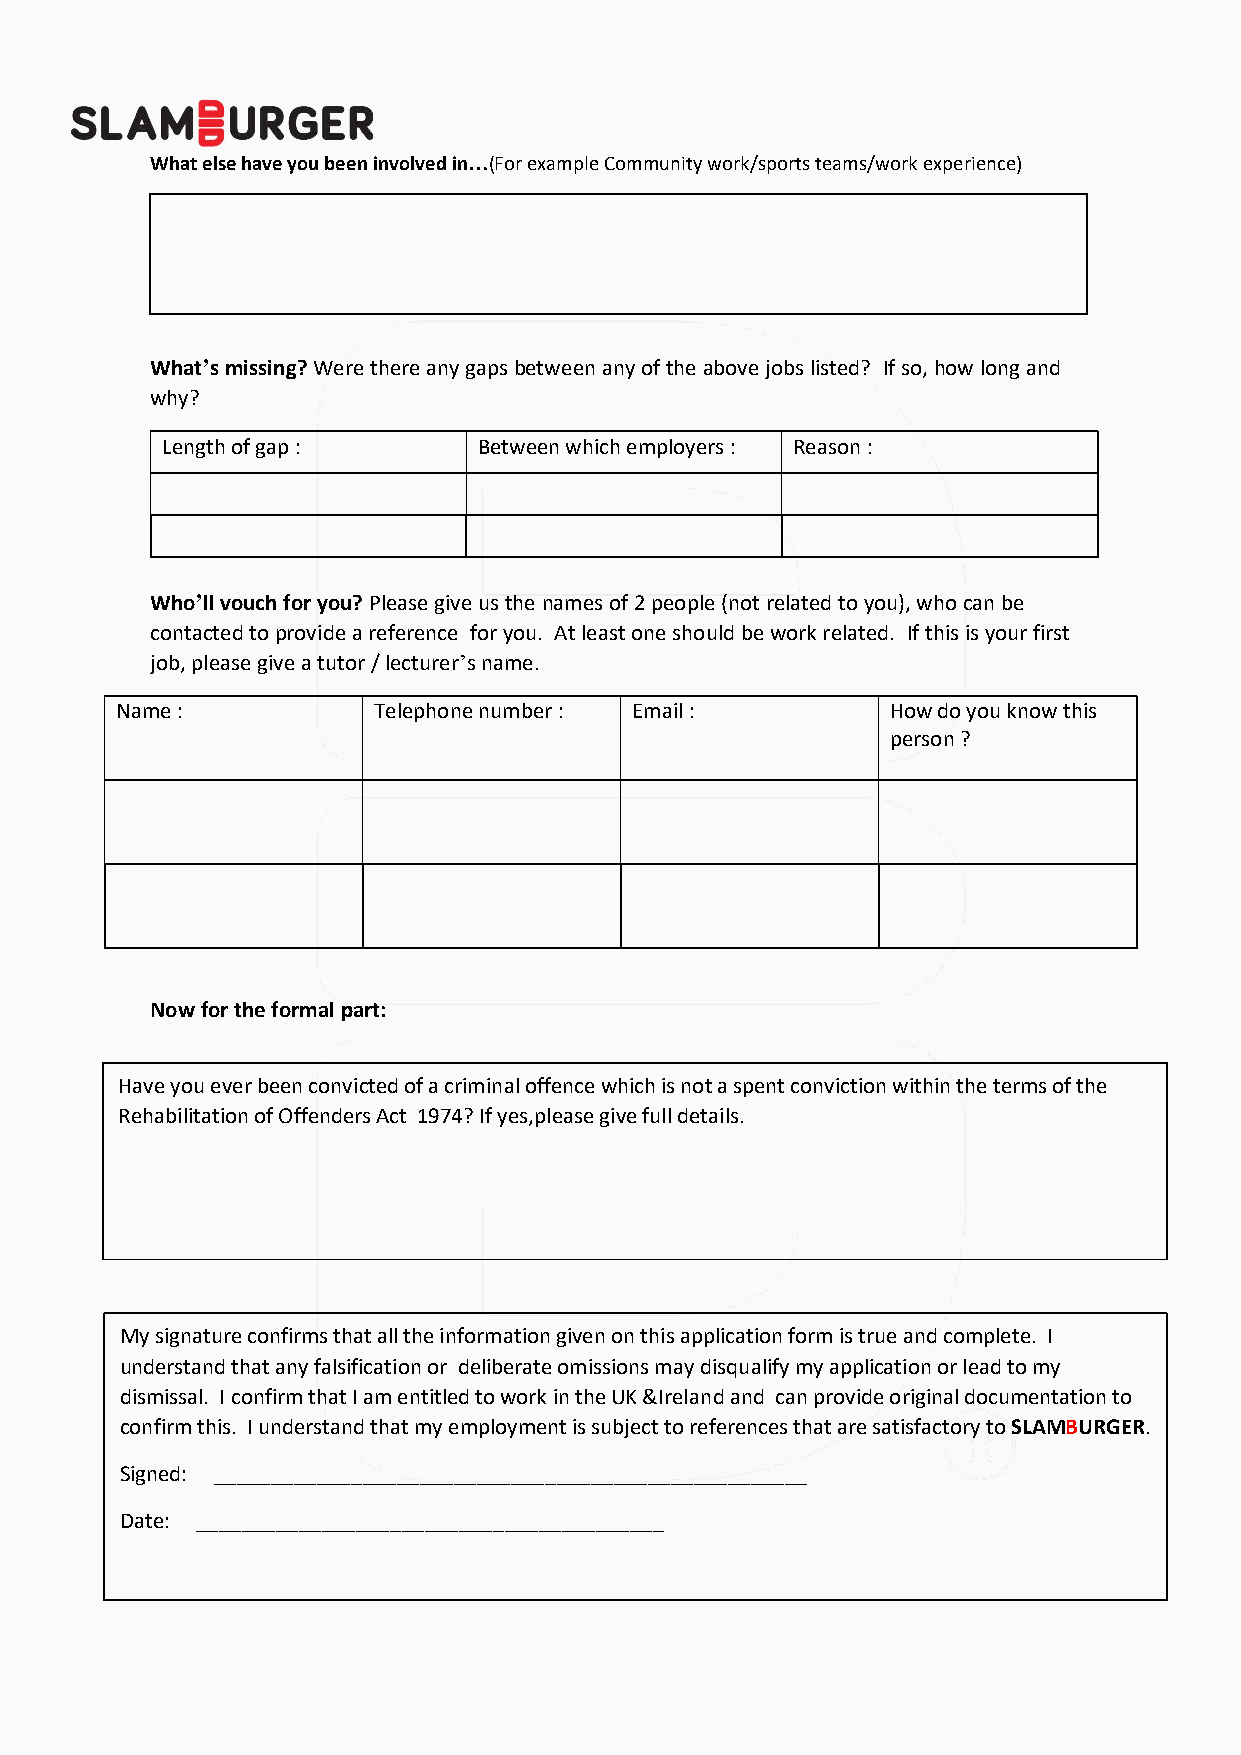
What else have you been involved in…(For example Community work/sports teams/work experience)
 What’s missing? Were there any gaps between any of the above jobs listed? If so, how long and
 why?
 Length of gap :      Between which employers : Reason :
 Who’ll vouch for you? Please give us the names of 2 people (not related to you), who can be
 contacted to provide a reference for you. At least one should be work related. If this is your first
 job, please give a tutor / lecturer’s name.
 Name :           Telephone number : Email :        How do you know this
 person ?
 Now for the formal part:
 Have you ever been convicted of a criminal offence which is not a spent conviction within the terms of the
 Rehabilitation of Offenders Act 1974? If yes,please give full details.
 My signature confirms that all the information given on this application form is true and complete. I
 understand that any falsification or deliberate omissions may disqualify my application or lead to my
 dismissal. I confirm that I am entitled to work in the UK &Ireland and can provide original documentation to
 confirm this. I understand that my employment is subject to references that are satisfactory to SLAMBURGER.
 Signed: ____________________________________________________
 Date: _________________________________________